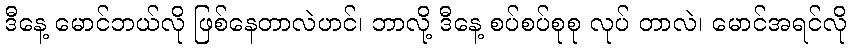
ဒီနေ့ မောင်ဘယ်လို ဖြစ်နေတာလဲဟင်၊ ဘာလို့ ဒီနေ့ စပ်စပ်စုစု လုပ် တာလဲ၊ မောင်အရင်လို